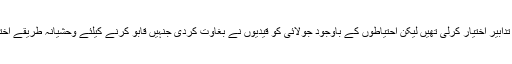
انقلاب کی خبر ملتے ہی علاقائی حکام نے احتیاطی تدابیر اختیار کرلی تھیں لیکن احتیاطوں کے باوجود جولائی کو قیدیوں نے بغاوت کردی جنہیں قابو کرنے کیلئے وحشیانہ طریقے اختیار کئیے گئے 51 قیدی قتل اور زخمی کردییگئے۔